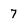
Character: 7